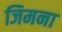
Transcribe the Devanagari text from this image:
जिमना